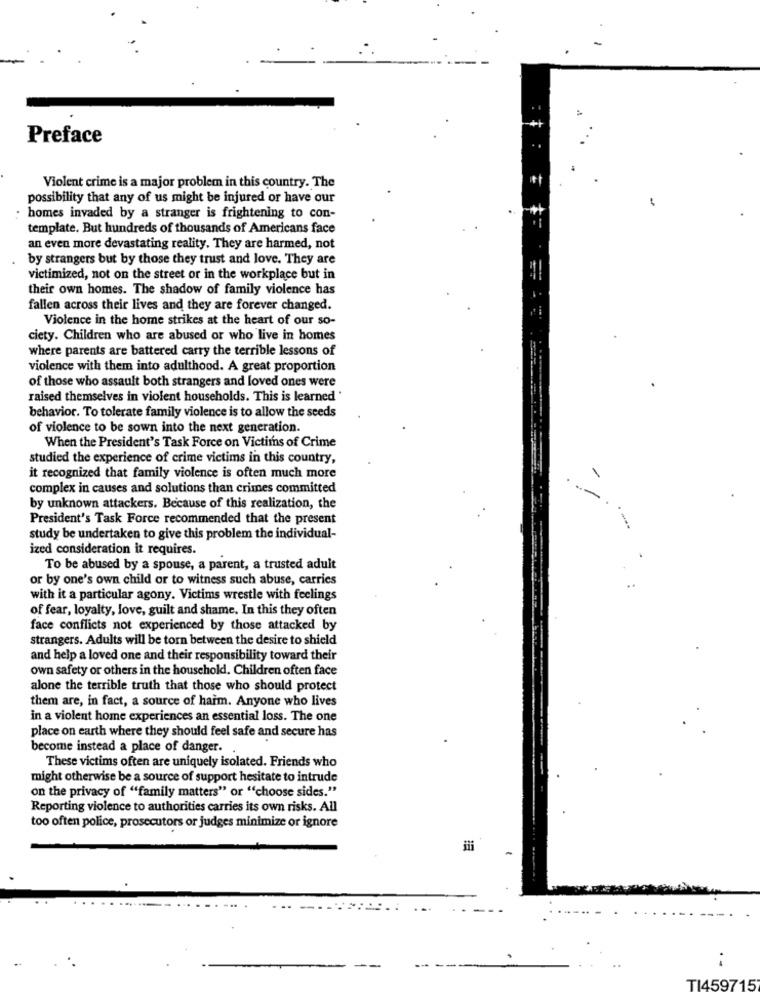
Preface
Violent crime is a major problem in this country. The
possibility that any of us might be injured or have our
homes invaded by a stranger is frightening to con-
template. But hundreds of thousands of Americans face
an even more devastating reality. They are harmed, not
by strangers but by those they trust and love. They are
victimized, not on the street or in the workplace but in
their own homes. The shadow of family violence has
fallen across their lives and they are forever changed.
Violence in the home strikes at the heart of our so-
ciety. Children who are abused or who live in homes
where parents are battered carry the terrible lessons of
violence with them into adulthood. A great proportion
of those who assault both strangers and loved ones were
raised themselves in violent households. This is learned '
behavior. To tolerate family violence is to allow the seeds
of violence to be sown into the next generation.
When the President's Task Force on Victims of Crime
studied the experience of crime victims in this country,
it recognized that family violence is often much more
complex in causes and solutions than crimes committed
by unknown attackers. Because of this realization, the
President's Task Force recommended that the present
study be undertaken to give this problem the individual-
ized consideration it requires.
To be abused by a spouse, a parent, a trusted adult
or by one's own child or to witness such abuse, carries
with it a particular agony. Victims wrestle with feelings
of fear, loyalty, love, guilt and shame. In this they often
face conflicts not experienced by those attacked by
strangers. Adults will be torn between the desire to shield
and help a loved one and their responsibility toward their
own safety or others in the household. Children often face
alone the terrible truth that those who should protect
them are, in fact, a source of harm. Anyone who lives
in a violent home experiences an essential loss. The one
place on earth where they should feel safe and secure has
become instead a place of danger.
These victims often are uniquely isolated. Friends who
might otherwise be a source of support hesitate to intrude
on the privacy of "family matters" or "choose sides."
Reporting violence to authorities carries its own risks. All
too often police, prosecutors or judges minimize or ignore
..
TI459715